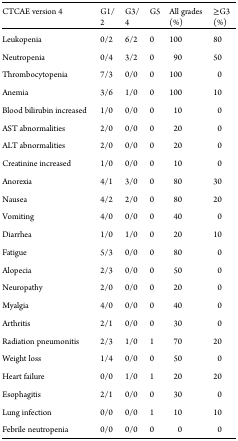
| CTCAE version 4 | G1/2 | G3/4 | G5 | All grades (%) | ≥G3 (%) |
 | --- | --- | --- | --- | --- | --- |
 | Leukopenia | 0/2 | 6/2 | 0 | 100 | 80 |
 | Neutropenia | 0/4 | 3/2 | 0 | 90 | 50 |
 | Thrombocytopenia | 7/3 | 0/0 | 0 | 100 | 0 |
 | Anemia | 3/6 | 1/0 | 0 | 100 | 10 |
 | Blood bilirubin increased | 1/0 | 0/0 | 0 | 10 | 0 |
 | AST abnormalities | 2/0 | 0/0 | 0 | 20 | 0 |
 | ALT abnormalities | 2/0 | 0/0 | 0 | 20 | 0 |
 | Creatinine increased | 1/0 | 0/0 | 0 | 10 | 0 |
 | Anorexia | 4/1 | 3/0 | 0 | 80 | 30 |
 | Nausea | 4/2 | 2/0 | 0 | 80 | 20 |
 | Vomiting | 4/0 | 0/0 | 0 | 40 | 0 |
 | Diarrhea | 1/0 | 1/0 | 0 | 20 | 10 |
 | Fatigue | 5/3 | 0/0 | 0 | 80 | 0 |
 | Alopecia | 2/3 | 0/0 | 0 | 50 | 0 |
 | Neuropathy | 2/0 | 0/0 | 0 | 20 | 0 |
 | Myalgia | 4/0 | 0/0 | 0 | 40 | 0 |
 | Arthritis | 2/1 | 0/0 | 0 | 30 | 0 |
 | Radiation pneumonitis | 2/3 | 1/0 | 1 | 70 | 20 |
 | Weight loss | 1/4 | 0/0 | 0 | 50 | 0 |
 | Heart failure | 0/0 | 1/0 | 1 | 20 | 20 |
 | Esophagitis | 2/1 | 0/0 | 0 | 30 | 0 |
 | Lung infection | 0/0 | 0/0 | 1 | 10 | 10 |
 | Febrile neutropenia | 0/0 | 0/0 | 0 | 0 | 0 |